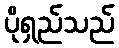
ပိုရှည်သည်